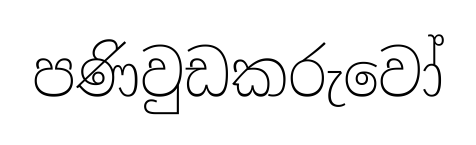
පණිවුඩකරුවෝ